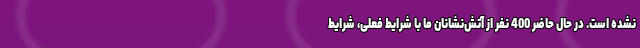
نشده است. در حال حاضر 400 نفر از آتش‌نشانان ما با شرایط فعلی، شرایط